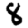
Digit: 8